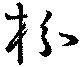
枌